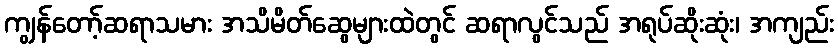
ကျွန်တော့်ဆရာသမား အသိမိတ်ဆွေများထဲတွင် ဆရာလွင်သည် အရုပ်ဆိုးဆုံး၊ အကျည်း